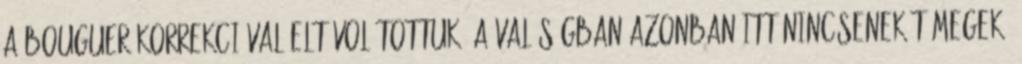
a Bouguer-korrekcióval eltávolítottuk. A valóságban azonban itt nincsenek tömegek,